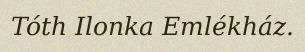
Tóth Ilonka Emlékház.